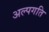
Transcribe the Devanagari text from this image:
अल्पगति